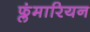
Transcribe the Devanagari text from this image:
फ्लंमारियन